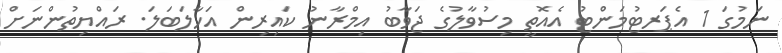
ނަމުގަ 1 އެޕަރޓުމަންޓު އެއޮތީ މިސުވާލުގެ ޖަވާބު އިމްރާނު ކައިރިން އަހާލަބަލަ. ރައްޔިތުންނަށް